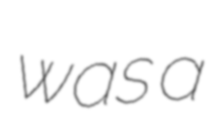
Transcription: was a